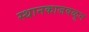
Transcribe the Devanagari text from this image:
स्थानकाजवळून